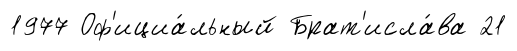
1977 Оф'ициа́льный Брат'исла́ва 21